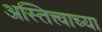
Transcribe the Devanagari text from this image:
अस्तित्त्वाच्या